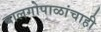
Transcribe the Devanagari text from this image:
बालगोपाळांचाही